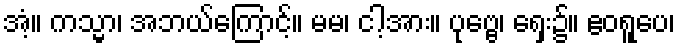
အံ့။ ကသ္မာ၊ အဘယ်ကြောင့်။ မမ၊ ငါ့အား။ ပုဗ္ဗေ၊ ရှေး၌။ ဧဝရူပေ၊